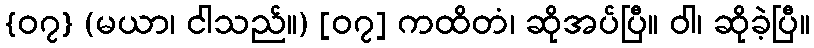
{၀၇} (မယာ၊ ငါသည်။) [၀၇] ကထိတံ၊ ဆိုအပ်ပြီ။ ဝါ၊ ဆိုခဲ့ပြီ။